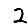
Digit: 2